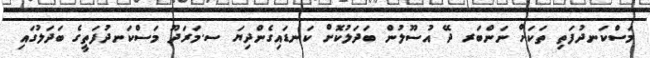
މަސްކަނދުފަތި ތަކަށް ނަންބަރ ދޭ އުސޫލުން ބަދަލުކޮށް ކަނޑައިގެންދިޔަ ސ.މަރަދޫ މަސްކަނދުފަތީގެ ބަދަލުގައި